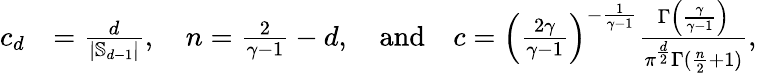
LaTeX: \begin{array}{rl}{c_{d}}&{=\frac{d}{|\mathbb{S}_{d-1}|},\quad n=\frac{2}{\gamma-1}-d,\quad\mathrm{and}\quad c=\left(\frac{2\gamma}{\gamma-1}\right)^{-\frac{1}{\gamma-1}}\frac{\Gamma\left(\frac{\gamma}{\gamma-1}\right)}{\pi^{\frac d2}\Gamma(\frac n2+1)},}\end{array}